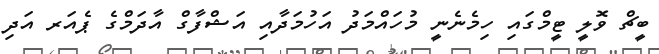
ބީޗް ވޮލީ ޓީމްގައި ހިމެނެނީ މުހައްމަދު އަހުމަދާއި އަޝްފާގް އާދަމްގެ ޕެއަރ އަދި